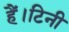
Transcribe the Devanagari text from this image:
हैं।टिनी